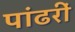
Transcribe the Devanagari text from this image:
पांढरीं